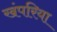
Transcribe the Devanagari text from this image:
खंपरिया